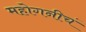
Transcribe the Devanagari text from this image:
महोगनीचं